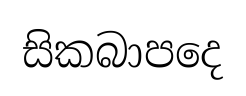
සිකබාපදෙ